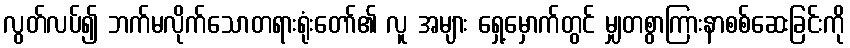
လွတ်လပ်၍ ဘက်မလိုက်သောတရားရုံးတော်၏ လူ အများ ရှေ့မှောက်တွင် မျှတစွာကြားနာစစ်ဆေးခြင်းကို